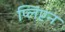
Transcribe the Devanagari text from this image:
प्लिंप्टन